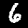
Digit: 6